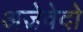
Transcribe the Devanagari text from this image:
अज़ेवेदो